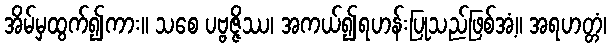
အိမ်မှထွက်၍ကား။ သစေ ပဗ္ဗဇ္ဇိဿ၊ အကယ်၍ရဟန်းပြုသည်ဖြစ်အံ့။ အရဟတ္တံ၊